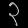
Digit: ၃